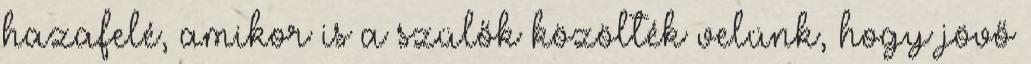
hazafelé, amikor is a szülők közölték velünk, hogy jövő